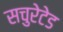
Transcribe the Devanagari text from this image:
सचुरेटेड